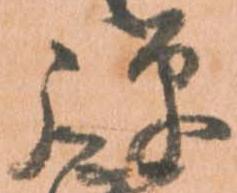
弾